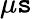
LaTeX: {\mu}\mathtt{s}